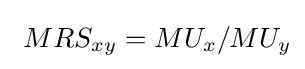
\ MRS_{xy}=MU_{x}/MU_{y}